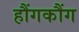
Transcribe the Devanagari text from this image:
हौंगकौंग